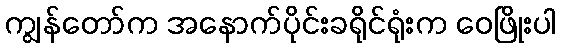
ကျွန်တော်က အနောက်ပိုင်းခရိုင်ရုံးက ဝေဖြိုးပါ